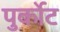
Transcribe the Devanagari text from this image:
पुर्कोट